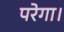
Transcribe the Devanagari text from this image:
परेगा।